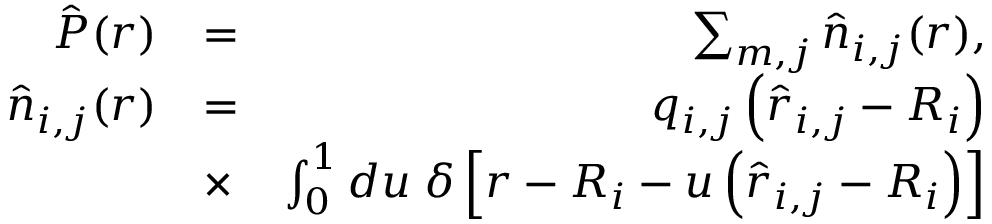
\begin{array} { r l r } { \hat { \boldsymbol P } ( \boldsymbol r ) } & { = } & { \sum _ { m , j } \hat { \boldsymbol n } _ { i , j } ( \boldsymbol r ) , } \\ { \hat { \boldsymbol n } _ { i , j } ( \boldsymbol r ) } & { = } & { q _ { i , j } \left( \hat { \boldsymbol r } _ { i , j } - \boldsymbol R _ { i } \right) } \\ & { \times } & { \int _ { 0 } ^ { 1 } d u \; \delta \left[ \boldsymbol r - \boldsymbol R _ { i } - u \left( \hat { \boldsymbol r } _ { i , j } - \boldsymbol R _ { i } \right) \right] } \end{array}